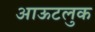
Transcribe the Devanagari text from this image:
आऊटलुक